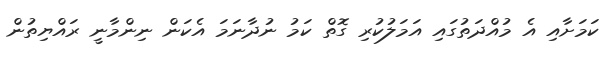
ކަމަށާއި އެ މުއްދަތުގައި އަމަލުކުރި ގޮތް ކަމު ނުދާނަމަ އެކަން ނިންމާނީ ރައްޔިތުން